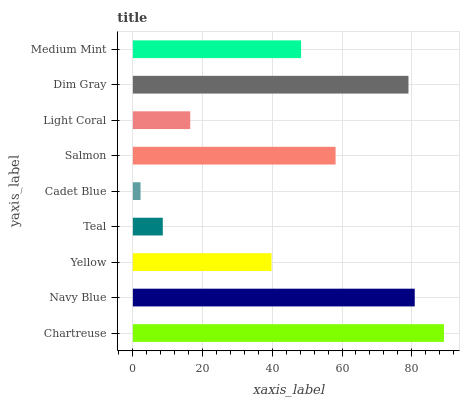
| yaxis_label | bars |
 | --- | --- |
 | Chartreuse | 89.2 |
 | Navy Blue | 80.9 |
 | Yellow | 39.8 |
 | Teal | 8.58 |
 | Cadet Blue | 2.21 |
 | Salmon | 58.1 |
 | Light Coral | 16.5 |
 | Dim Gray | 79.1 |
 | Medium Mint | 48.2 |